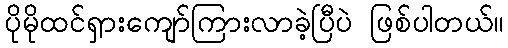
ပိုမိုထင်ရှားကျော်ကြားလာခဲ့ပြီပဲ ဖြစ်ပါတယ်။